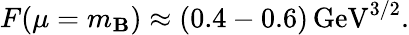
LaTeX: F(\mu=m_{\mathbf{B}})\approx(0.4-0.6)\, \mathrm{{GeV}}^{3/2}.